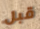
قبل